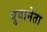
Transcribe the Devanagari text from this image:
युवानेता